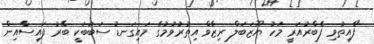
"ފާއިތުވި ފެބްރުއަރީ މަހު ޔޫޒަބަލް ރިޒާވް އިތުރުވުމުގެ މައިގަނޑު ސަބަބަކީ ބޭރު ފައިސާއިން